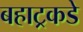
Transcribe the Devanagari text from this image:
बहाट्रकडे